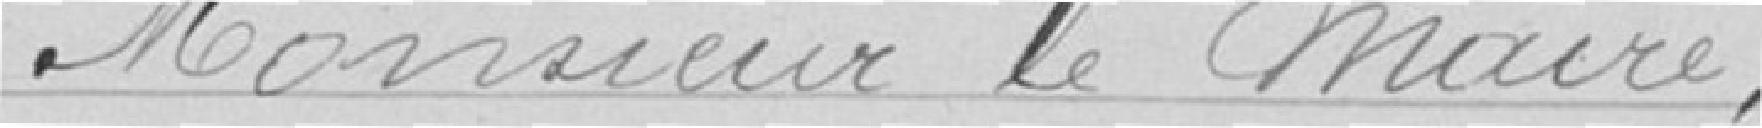
Monsieur le Maire